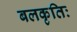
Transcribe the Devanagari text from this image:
बलकृतिः